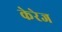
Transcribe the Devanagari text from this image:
केरेज